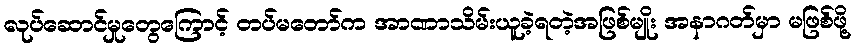
လုပ်ဆောင်မှုတွေကြောင့် တပ်မတော်က အာဏာသိမ်းယူခဲ့ရတဲ့အဖြစ်မျိုး အနာဂတ်မှာ မဖြစ်ဖို့